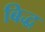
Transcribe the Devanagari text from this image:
बिद्ध